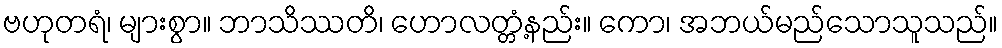
ဗဟုတရံ၊ များစွာ။ ဘာသိဿတိ၊ ဟောလတ္တံ့နည်း။ ကော၊ အဘယ်မည်သောသူသည်။